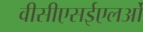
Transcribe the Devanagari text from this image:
वीसीएसईएलओं